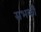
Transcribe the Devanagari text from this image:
सभकी